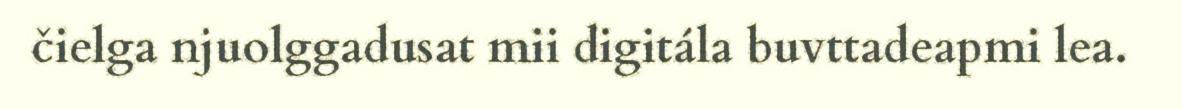
čielga njuolggadusat mii digitála buvttadeapmi lea.